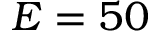
E = 5 0